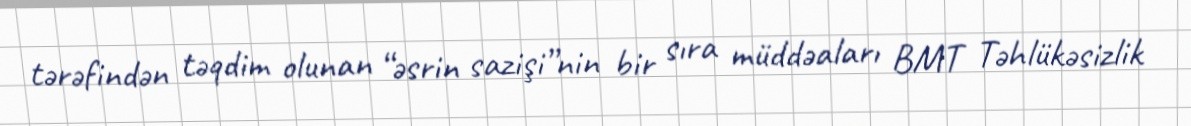
tərəfindən təqdim olunan “əsrin sazişi”nin bir sıra müddəaları BMT Təhlükəsizlik